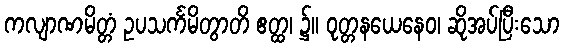
ကလျာဏမိတ္တံ ဥပသင်္ကမိတွာတိ ဧတ္ထ၊ ၌။ ဝုတ္တနယေနေဝ၊ ဆိုအပ်ပြီးသော